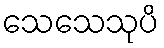
သေသေသုပိ